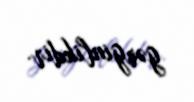
gərginlikdir.